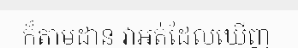
ក៏តាមដាន វាអត់ដែលឃើញ